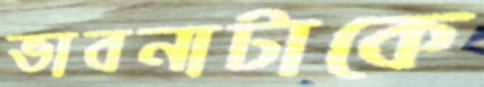
ভাবনাটাকে